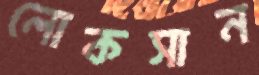
লোকসান